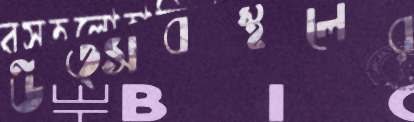
উত্সবস্থলের